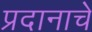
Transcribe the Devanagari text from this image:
प्रदानाचे